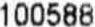
100588